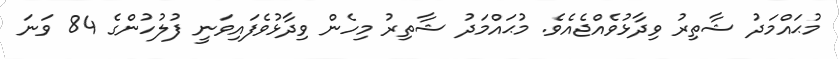
މުޙައްމަދު ޝާތިރު ވިދާޅުވެއްޖެއެވެ. މުޙައްމަދު ޝާތިރު މިހެން ވިދާޅުވެފައިވަނީ ފުލުހުންގެ 84 ވަނަ